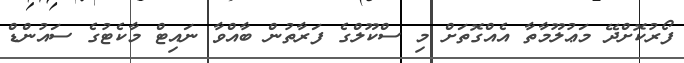
ފޯރުކޮށްދޭ މަޢުލޫމާތާ އެއްގޮތަށް މި ސްކޫލްގެ ފަރާތުން ބާއްވާ ނައިޓް މާކެޓުގެ ސައުންޑް